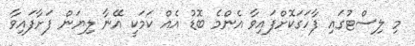
މި ލިސްޓުގައި ފާހަގަކޮށްފައިވާ އެންމެ ބޮޑު އެއް ކަމަކީ އޭނާ ލިޔަން ފަށާފައިވާ